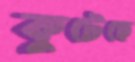
কুটেছে